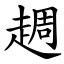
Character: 䞴